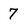
Character: 7